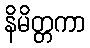
နိမိတ္တကာ